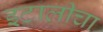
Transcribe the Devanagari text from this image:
इटालीचा